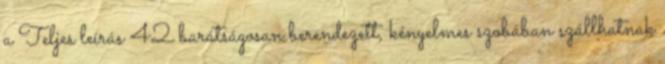
a Teljes leírás 42 barátságosan berendezett, kényelmes szobában szállhatnak